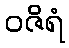
ဝဇိရံ